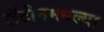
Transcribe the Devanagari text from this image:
लॅटीनमधल्या